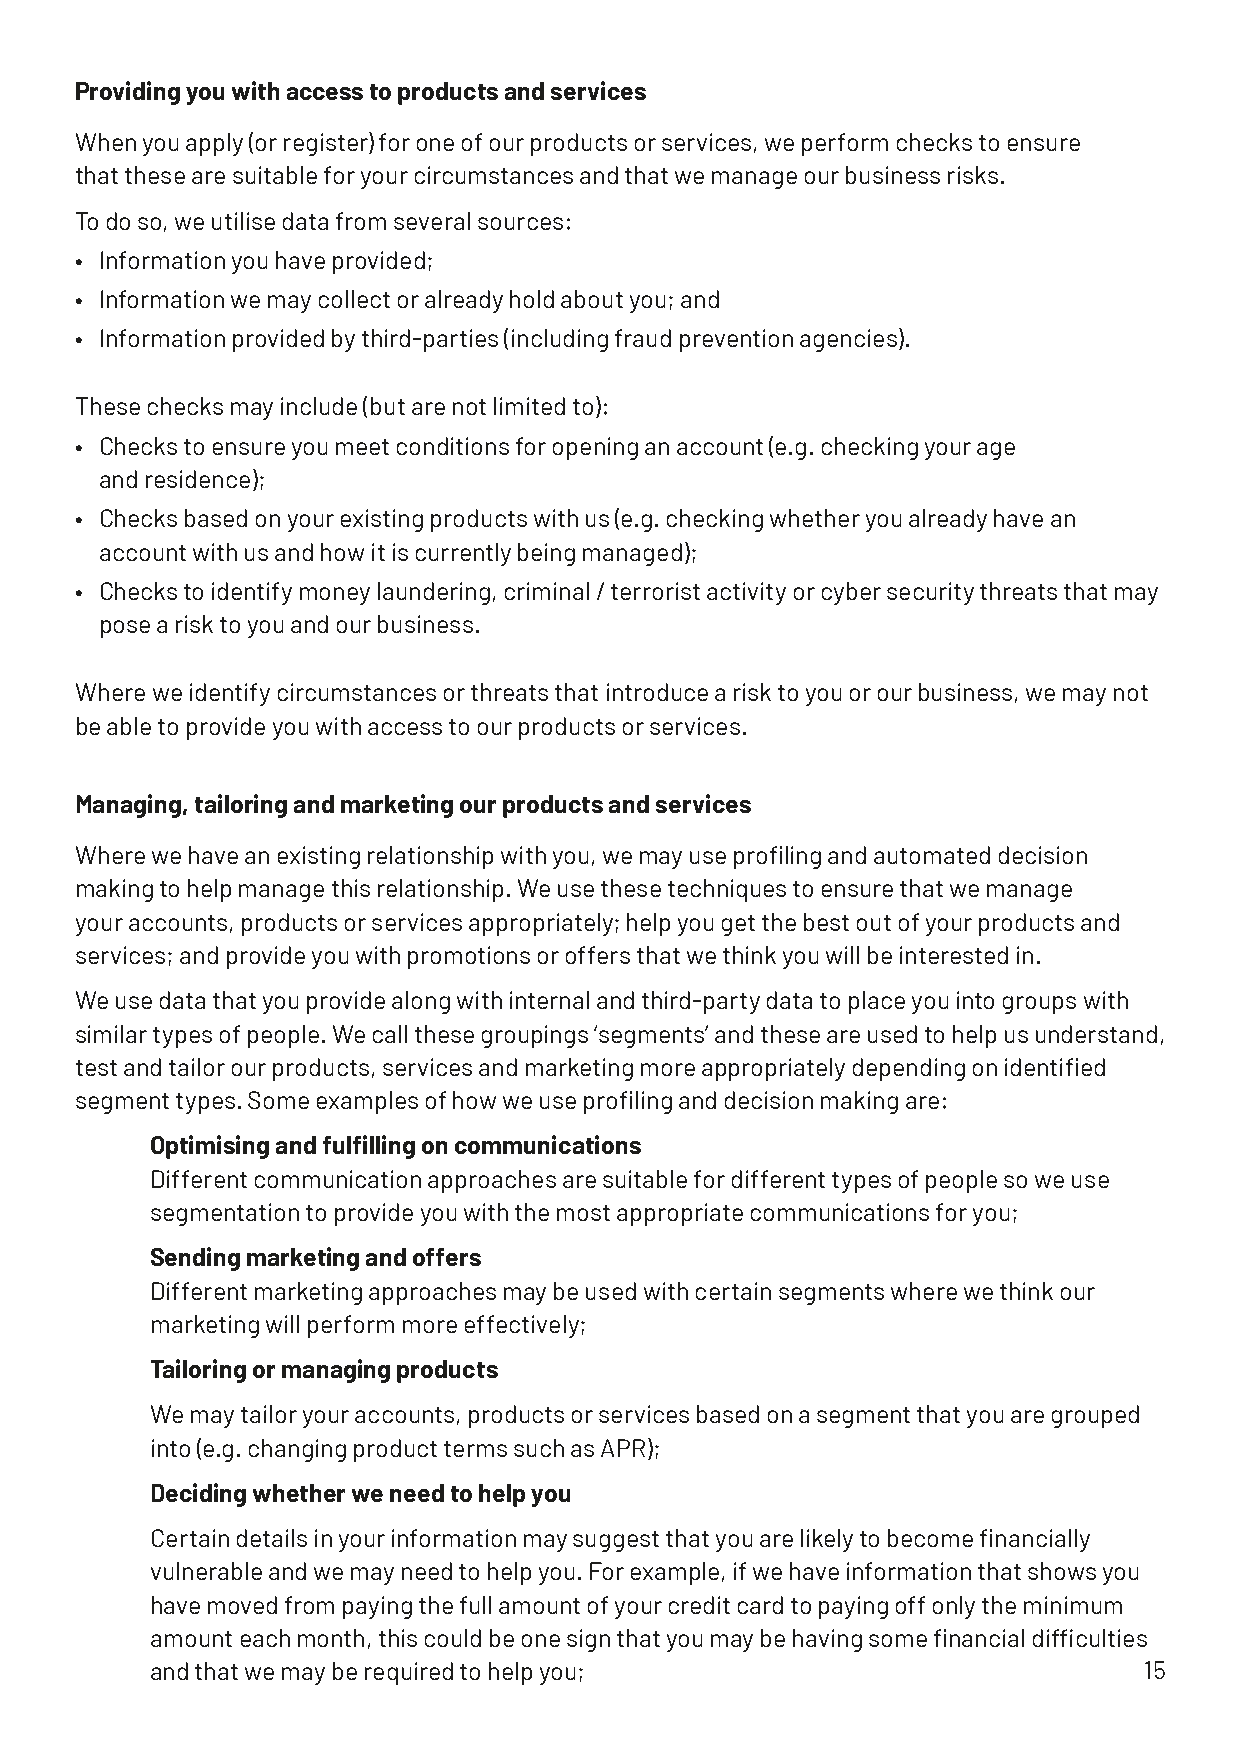
Providing you with access to products and services
 When you apply (or register) for one of our products or services, we perform checks to ensure
 that these are suitable for your circumstances and that we manage our business risks.
 To do so, we utilise data from several sources:
 • Information you have provided;
 • Information we may collect or already hold about you; and
 • Information provided by third-parties (including fraud prevention agencies).
 These checks may include (but are not limited to):
 • Checks to ensure you meet conditions for opening an account (e.g. checking your age
 and residence);
 • Checks based on your existing products with us (e.g. checking whether you already have an
 account with us and how it is currently being managed);
 • Checks to identify money laundering, criminal / terrorist activity or cyber security threats that may
 pose a risk to you and our business.
 Where we identify circumstances or threats that introduce a risk to you or our business, we may not
 be able to provide you with access to our products or services.
 Managing, tailoring and marketing our products and services
 Where we have an existing relationship with you, we may use profiling and automated decision
 making to help manage this relationship. We use these techniques to ensure that we manage
 your accounts, products or services appropriately; help you get the best out of your products and
 services; and provide you with promotions or offers that we think you will be interested in.
 We use data that you provide along with internal and third-party data to place you into groups with
 similar types of people. We call these groupings ‘segments’ and these are used to help us understand,
 test and tailor our products, services and marketing more appropriately depending on identified
 segment types. Some examples of how we use profiling and decision making are:
 Optimising and fulfilling on communications
 Different communication approaches are suitable for different types of people so we use
 segmentation to provide you with the most appropriate communications for you;
 Sending marketing and offers
 Different marketing approaches may be used with certain segments where we think our
 marketing will perform more effectively;
 Tailoring or managing products
 We may tailor your accounts, products or services based on a segment that you are grouped
 into (e.g. changing product terms such as APR);
 Deciding whether we need to help you
 Certain details in your information may suggest that you are likely to become financially
 vulnerable and we may need to help you. For example, if we have information that shows you
 have moved from paying the full amount of your credit card to paying off only the minimum
 amount each month, this could be one sign that you may be having some financial difficulties
 and that we may be required to help you;                          15